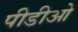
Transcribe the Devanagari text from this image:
पीडीओ